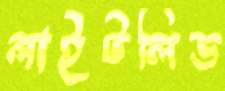
লাইটলিড